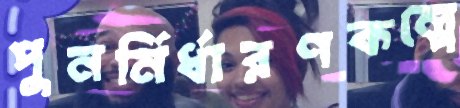
পুনর্নির্ধারণকল্পে